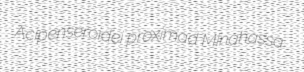
Acipenseroidei proximad Minahassa